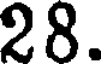
28.